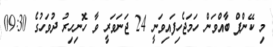
މި ކޭންޕް ބާއްވަން ހަމަޖެހިފައިވަނީ 24 ޖަނަވަރީ ވާ ހޮނިހިރު ދުވަހުގެ 09:30